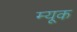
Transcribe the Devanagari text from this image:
म्यूक